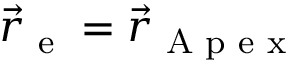
\vec { r } _ { \textrm { e } } = \vec { r } _ { \textrm { A p e x } }